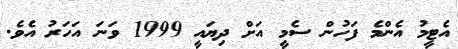
އެޓީމު އެންމެ ފަހުން ސެމީ އަށް ދިޔައީ 1999 ވަނަ އަހަރު އެވެ.